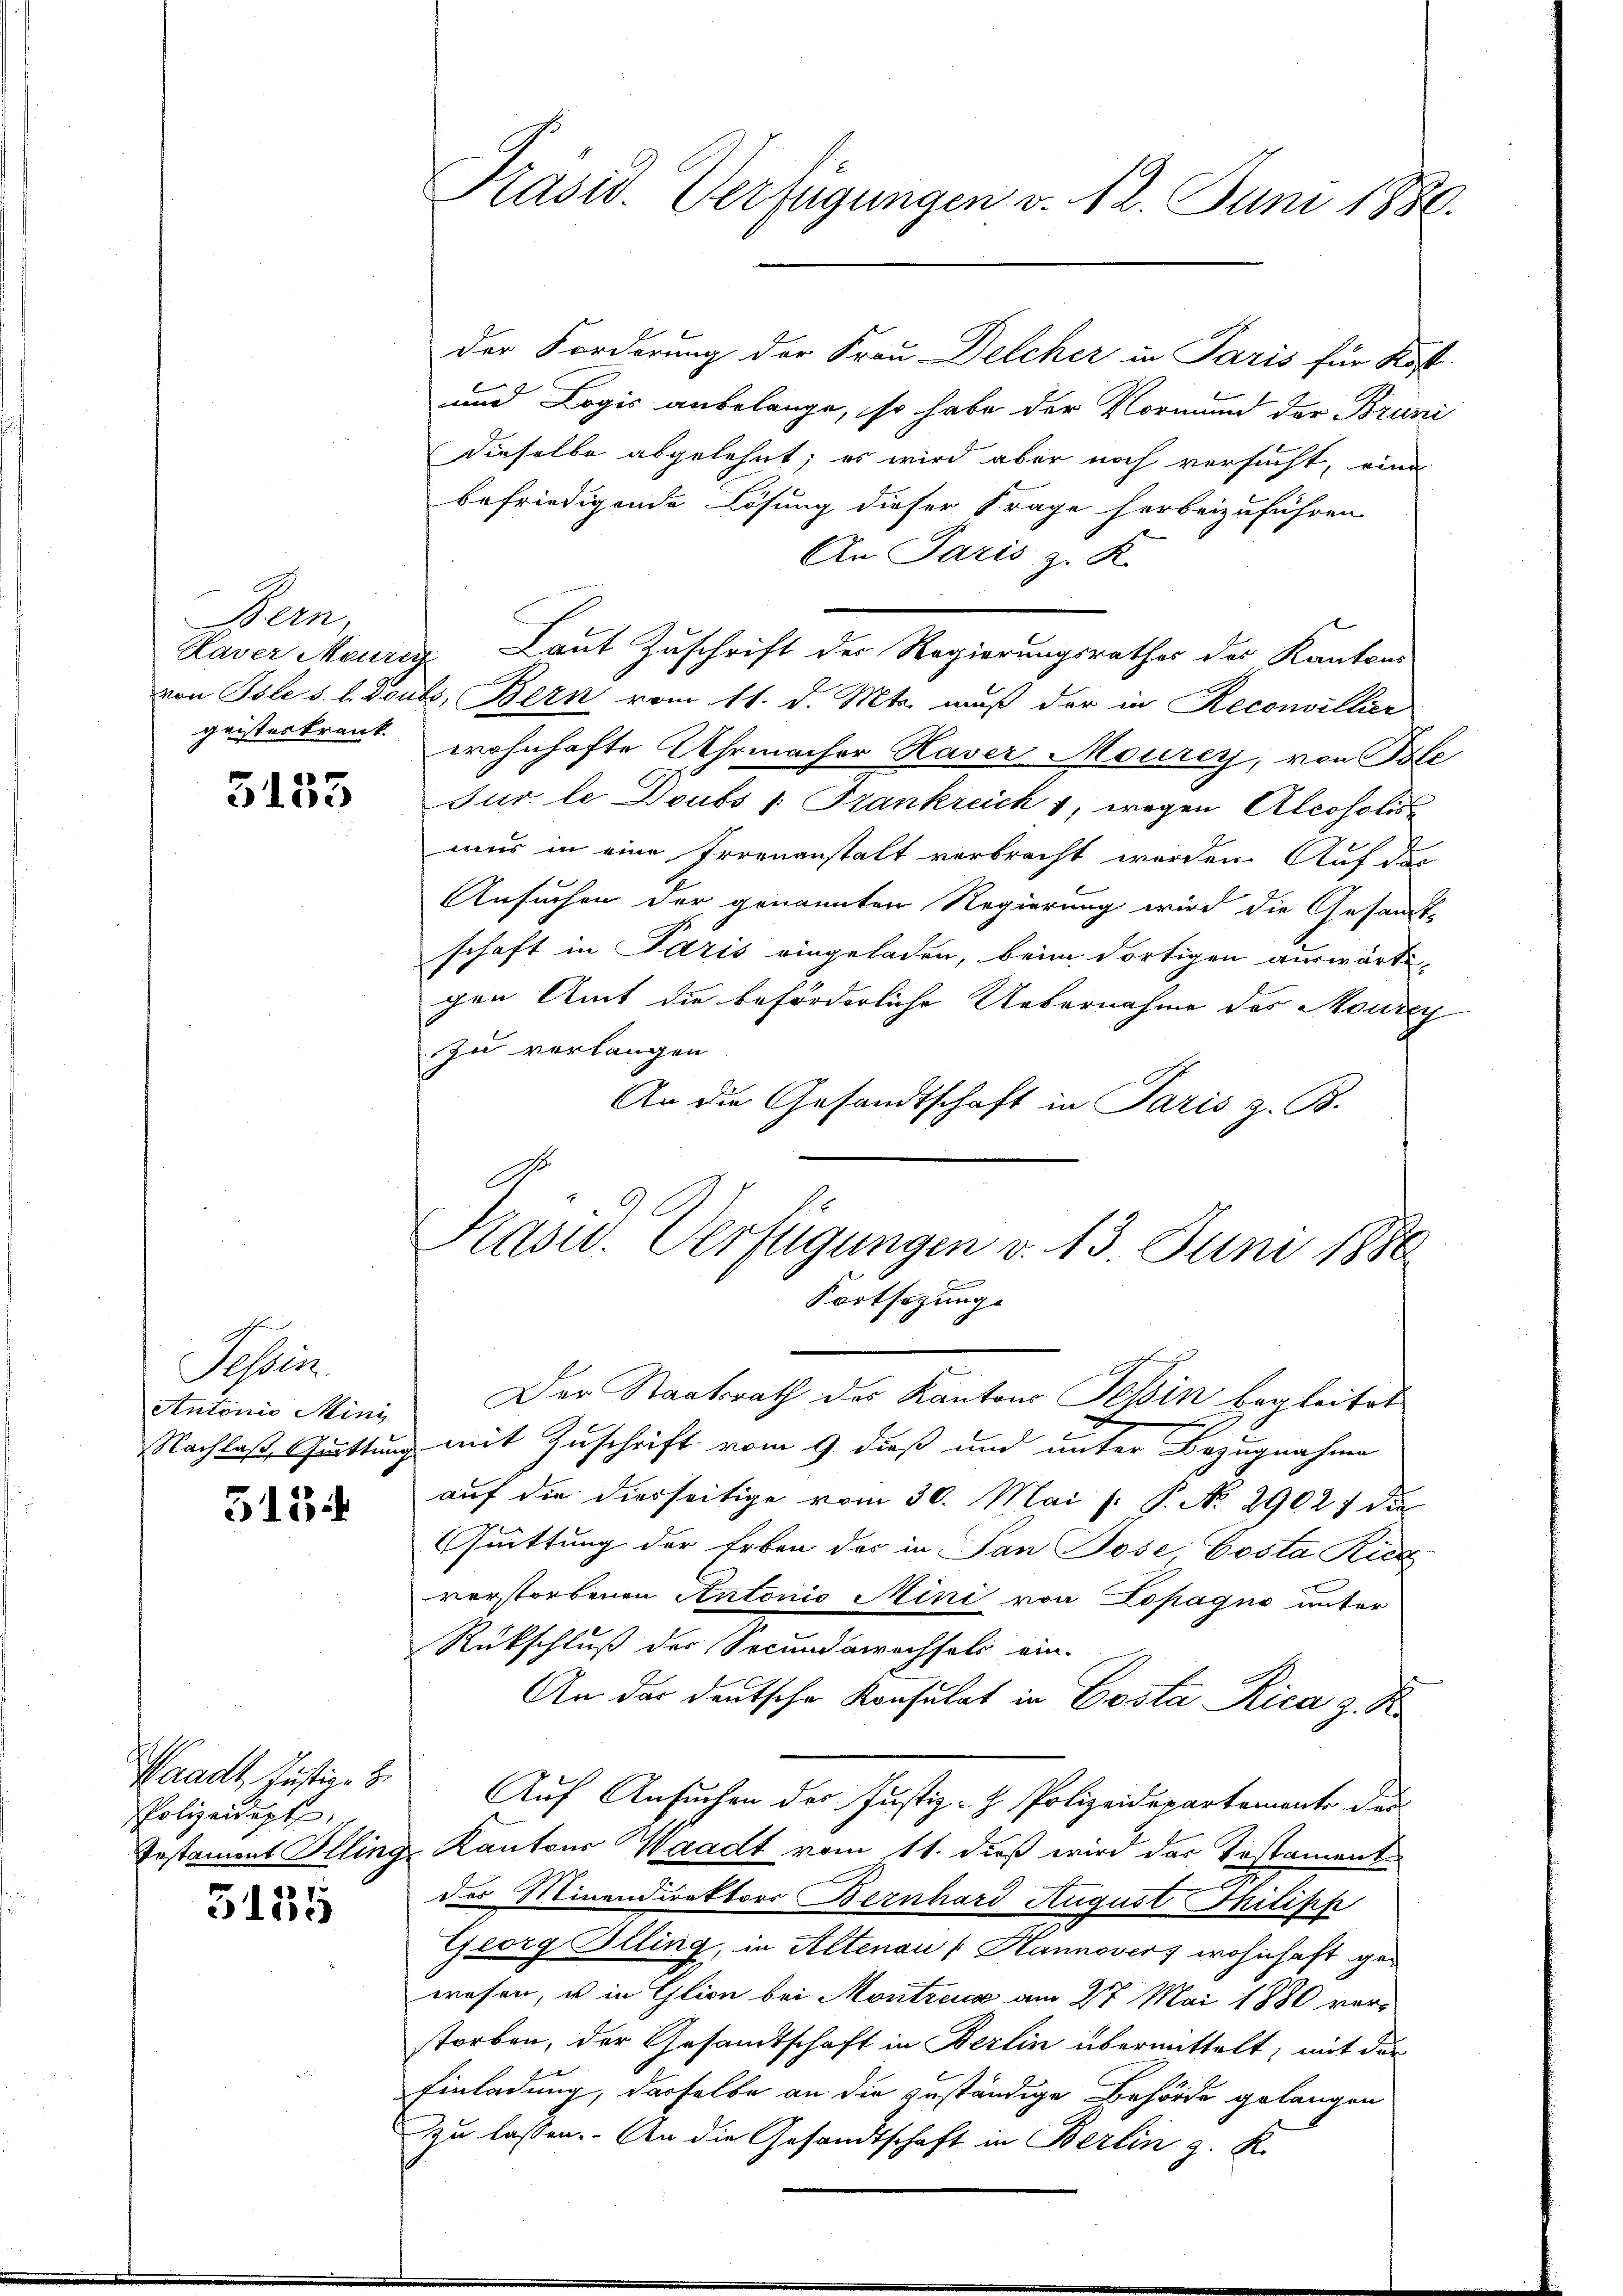
Bern,
geisteskrank

5155

Sessire
Antonio Minis
515

Waadt, Justige Z
Polizeidept

5135

Präsid. Verfügungen v. 12. Juni 1880.

der Forderung der Frau Delcher in Paris für Kost
und Logis anbelange, so habe der Vormund der Bruni
dieselbe abgelehnt; es wird aber noch versucht, eine
befriedigende Lösung dieser Frage herbeizuführen.
An Paris z. R.
Kaver Maurig Laut Zuschrift der Regierungsrathes des Kantons
von Pole s. l. Doubs, Bern vom 11. d. Mts. muß der in Reconvillier
wohnhafte Uhrmacher Haver Maurer, von Ple
Jur le Doubs 1. Frankreich 1, wegen Alcosolis
mus in eine Irrenanstalt verbrecht werden. Auf das
Ansuchen der genannten Regierung wird die Gesandt-
schaft in Paris eingeladen, beim dortigen auswärtigen Amt die beförderliche Uebernahme des Mourey
zu verlangen
An die Gesandtschaft in Paris z. B.
0
Kasu. Verfügungen v. 13. Juni 1886

Fortsetzung.
Der Staatsrath der Kantons Tehin begleitet

Nachlaß Guittung mit Zuschrift vom 9. dieß und unter Bezugnahme
auf die dierseitige vom 30. Mai l. P. No. 29027 die
Quittung der Erben des in San Jose Costa Rieg
verstorbenen Antonio Mini von Lopagno unter
Rückschluß der Secundanechfeld ein-
An der deutsche Konsulat in Costa Rica z. K
Auf Ansuchen des Justiz-H. Polizeidepartemente der
Testament Alling, Kantons Waadt vom 11. dieß wird der Testament
der Minendirektors Bernhard August Inilipp
Georg Illing, in Altenau (Hannover, wohnhaft gewesen, u in Glion bei Montreux am 27. Mai 1880 vorstorben, der Gesandtschaft in Berlin übermittelt; mit der
Einladung, dasselbe an die zuständige Behörde gelangen
zu lassen. An die Gesandtschaft in Berlin z. K.